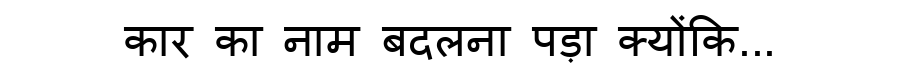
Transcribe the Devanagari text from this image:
कार का नाम बदलना पड़ा क्योंकि...